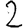
Digit: 2